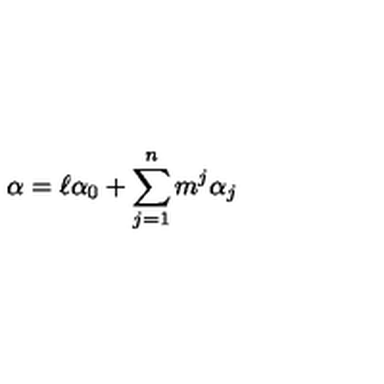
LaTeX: \alpha = \ell \alpha _ { 0 } + \sum _ { j = 1 } ^ { n } m ^ { j } \alpha _ { j }